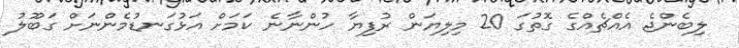
ލިބެންޖެ އެއްޗެއްގެ ގޮތުގަ 20 މިލިޔަން ރުފިޔާ ހުންނާނެ ކަމަށް އަޅުގަނޑުމެންނަށް ގަބޫލު